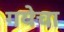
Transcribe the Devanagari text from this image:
गयेचा